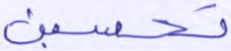
تحسبن